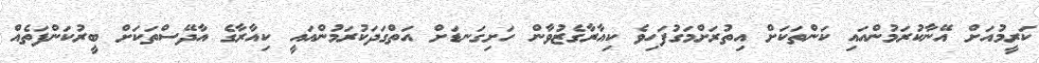
ކަރީމުއަށް އޭނާކުރަމުންއައި ކަންތަކަށް އިތުރަށްމަގުފަހިވެ ކިއާރާގެޒުވާން ހަށިގަނޑަށް އަތްގަދަކުރަމުންއައީ ކިއާރާގެ އާދޭސްތަކަށް ބީރުކަންފަތެއް